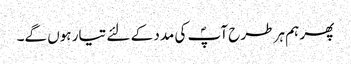
پھر ہم ہر طرح آپؐ کی مدد کے لئے تیار ہوں گے۔